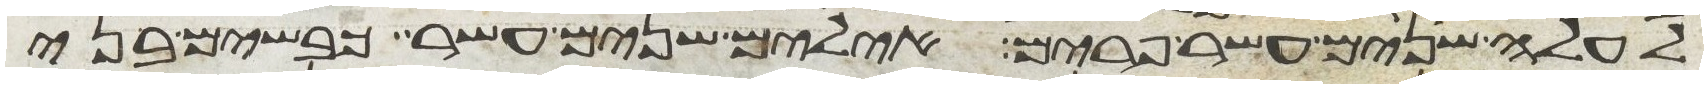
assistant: לעלה שנים עשר פרים אילים שנים עשר כבשים בני